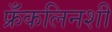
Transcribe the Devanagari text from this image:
फ्रँकलिनशी